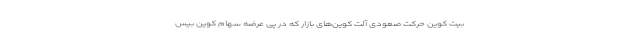
بیت کوین حرکت صعودی آلت کوین‌های بازار که در پی عرضه سهام کوین بیس